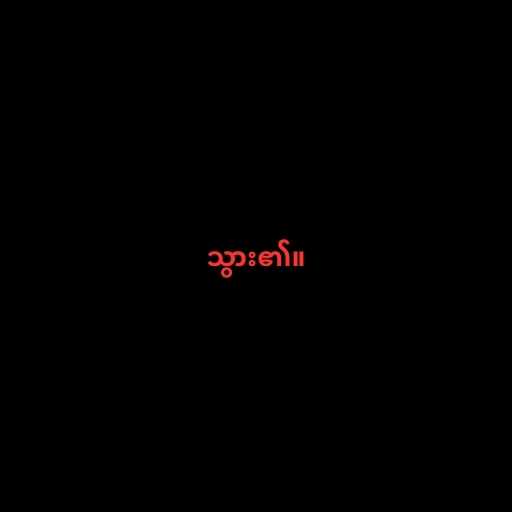
သွား၏။